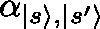
\mathbf { \alpha } _ { | s \rangle , | s ^ { \prime } \rangle }